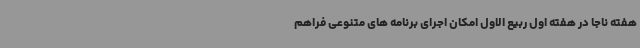
هفته ناجا در هفته اول ربیع الاول امکان اجرای برنامه های متنوعی فراهم